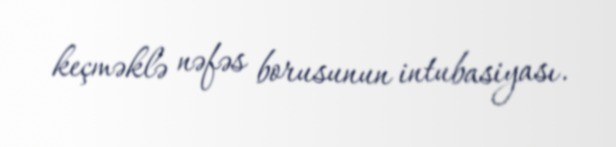
keçməklə nəfəs borusunun intubasiyası.